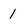
Character: 1